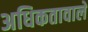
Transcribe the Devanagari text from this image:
अधिकतावाले